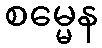
စမ္မေန